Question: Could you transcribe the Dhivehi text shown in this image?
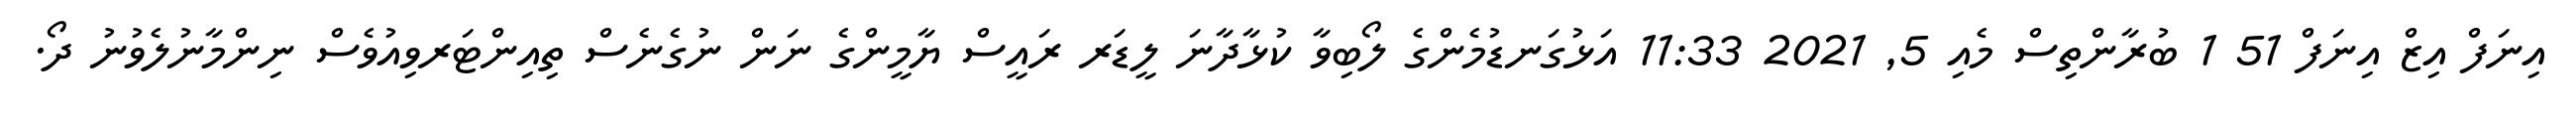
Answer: އިނަފް އިޒް އިނަފް 51 1 ބުރާންތިސް މެއި 5, 2021 11:33 އަޅުގަނޑުމެންގެ ލޯބިވާ ކުޅާދާނަ ލީޑަރ ރައީސް ޔާމީންގެ ނަން ނުގެނެސް ތިއިންޓަރވިއުވެސް ނިންމާނުލެވުނު ދޯ.